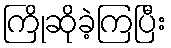
ကြိုဆိုခဲ့ကြပြီး